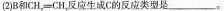
(2)B和CH_{2} \xlongequal[]{} CH_{2}反应生成C的反应类型是___。